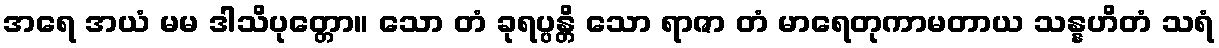
အရေ အယံ မမ ဒါသိပုတ္တော။ သော တံ ခုရပ္ပန္တိ သော ရာဇာ တံ မာရေတုကာမတာယ သန္နဟိတံ သရံ